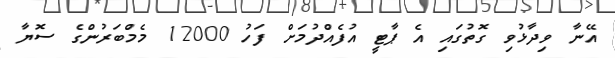
އޭނާ ވިދާޅުވި ގޮތުގައި އެ ޕާޓީ އުފެއްދުމަށް ފަހު 12000 މެމްބަރުންގެ ސޮޔާ